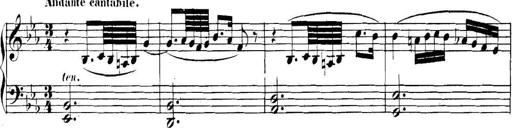
Title: Collected Piano Sonatas
Composer: Muzio Clementi